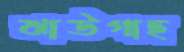
ঝাউগাছ